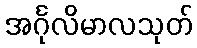
အင်္ဂုလိမာလသုတ်